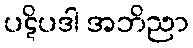
ပဋိပဒါ အဘိညာ